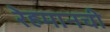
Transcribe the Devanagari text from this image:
रेहमानची